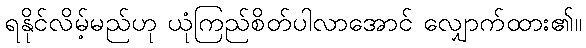
ရနိုင်လိမ့်မည်ဟု ယုံကြည်စိတ်ပါလာအောင် လျှောက်ထား၏။